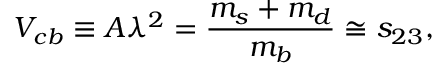
V _ { c b } \equiv A \lambda ^ { 2 } = { \frac { m _ { s } + m _ { d } } { m _ { b } } } \cong s _ { 2 3 } ,